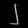
Digit: ၂